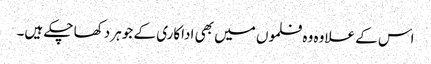
اس کے علاوہ وہ فلموں میں بھی اداکاری کے جوہر دکھا چکے ہیں۔